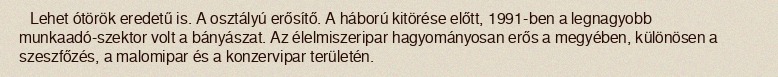
Lehet ótörök eredetű is. A osztályú erősítő. A háború kitörése előtt, 1991-ben a legnagyobb munkaadó-szektor volt a bányászat. Az élelmiszeripar hagyományosan erős a megyében, különösen a szeszfőzés, a malomipar és a konzervipar területén.